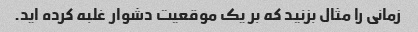
زمانی را مثال بزنید که بر یک موقعیت دشوار غلبه کرده اید.